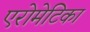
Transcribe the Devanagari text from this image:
एरोमेटिका